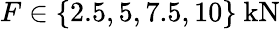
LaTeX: F\in\{ 2.5,5,7.5,10\} \ \mathrm{kN}